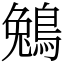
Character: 鵵